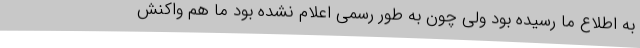
به اطلاع ما رسیده بود ولی چون به طور رسمی اعلام نشده بود ما هم واکنش